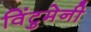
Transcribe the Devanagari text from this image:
विंटुमेनी